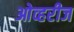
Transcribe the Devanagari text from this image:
ओव्हरीज